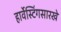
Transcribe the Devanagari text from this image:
हार्वेस्टिंगसारखे